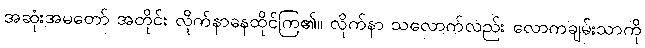
အဆုံးအမတော် အတိုင်း လိုက်နာနေထိုင်ကြ၏။ လိုက်နာ သလောက်လည်း လောကချမ်းသာကို